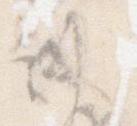
術